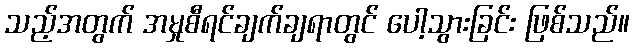
သည့်အတွက် အမှုစီရင်ချက်ချရာတွင် ပေါ့သွားခြင်း ဖြစ်သည်။